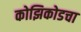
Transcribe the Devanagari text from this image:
कोझिकोडचा